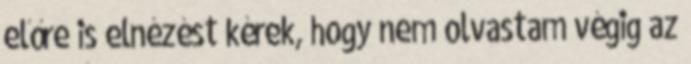
előre is elnézést kérek, hogy nem olvastam végig az